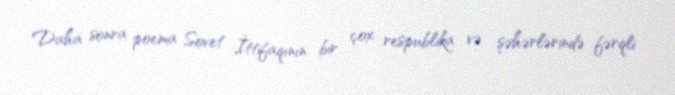
Daha sonra poema Sovet İttifaqının bir çox respublika və şəhərlərində fərqli